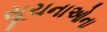
સૂચનાઓના